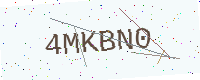
Text: 4MKBN0